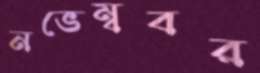
নভেম্ববর